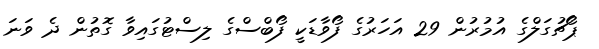
ޕޯޗުގަލްގެ އުމުރުން 29 އަހަރުގެ ފޯވާޑަކީ ފޯބްސްގެ ލިސްޓުގައިވާ ގޮތުން ދެ ވަނަ